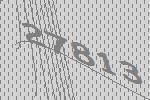
27813